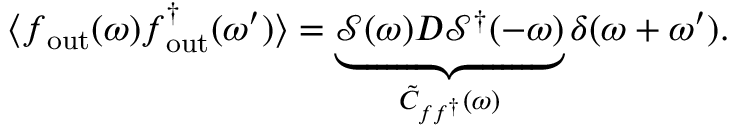
\langle \boldsymbol { f } _ { \mathrm { o u t } } ( \omega ) \boldsymbol { f } _ { \mathrm { o u t } } ^ { \dagger } ( \omega ^ { \prime } ) \rangle = \underbrace { \mathcal { S } ( \omega ) D \mathcal { S } ^ { \dagger } ( - \omega ) } _ { \tilde { C } _ { \boldsymbol { f } \boldsymbol { f } ^ { \dagger } } ( \omega ) } \delta ( \omega + \omega ^ { \prime } ) .